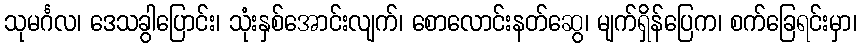
သုမင်္ဂလ၊ ဒေသခွါပြောင်း၊ သုံးနှစ်အောင်းလျက်၊ စောလောင်းနတ်ဆွေ၊ မျက်ရှိန်ပြေက၊ စက်ခြေရင်းမှာ၊